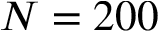
N = 2 0 0